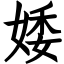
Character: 婑